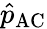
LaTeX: \hat{p}_{\mathrm{AC}}